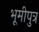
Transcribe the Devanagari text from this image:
भूमीपुत्र